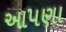
આ૫ણા